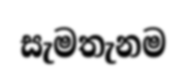
සැමතැනම